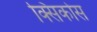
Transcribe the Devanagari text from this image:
क्सिकोस